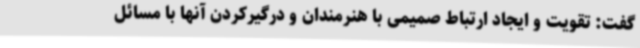
گفت: تقویت و ایجاد ارتباط صمیمی با هنرمندان و درگیرکردن آنها با مسائل